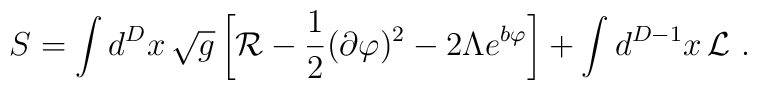
S= \int d^{D}x\, \sqrt{g}\left[{\cal R}       -\frac{1}{2}(\partial\varphi)^2 - 2 \Lambda e^{b\varphi}\right]      + \int d^{D-1}x\, {\cal L} \ .